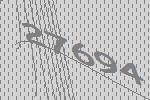
27694